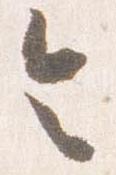
令